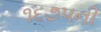
૧૬૭૫ની